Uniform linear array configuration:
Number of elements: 48
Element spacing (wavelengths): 0.75
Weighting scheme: hann
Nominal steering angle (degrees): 15
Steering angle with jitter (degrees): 14.203
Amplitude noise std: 0.05
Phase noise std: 0.05

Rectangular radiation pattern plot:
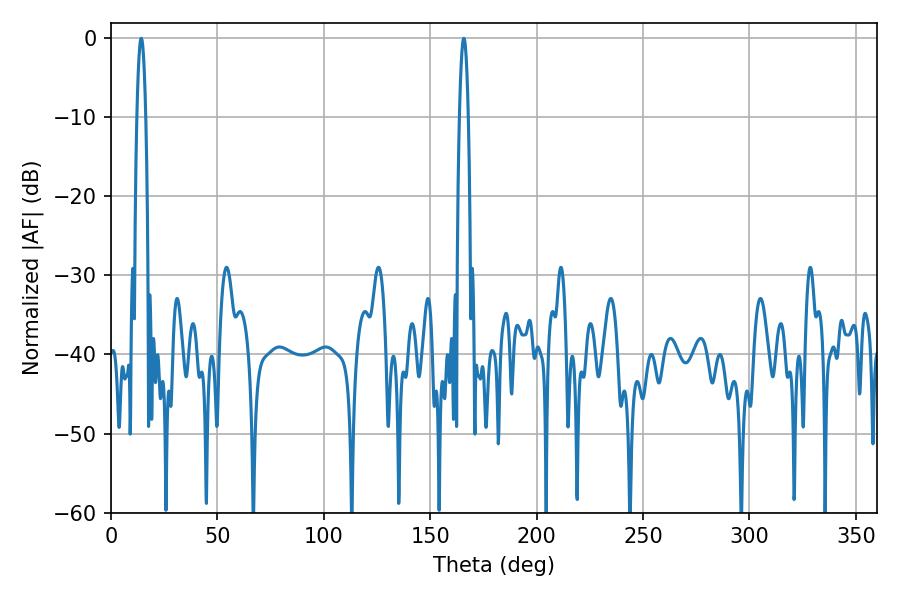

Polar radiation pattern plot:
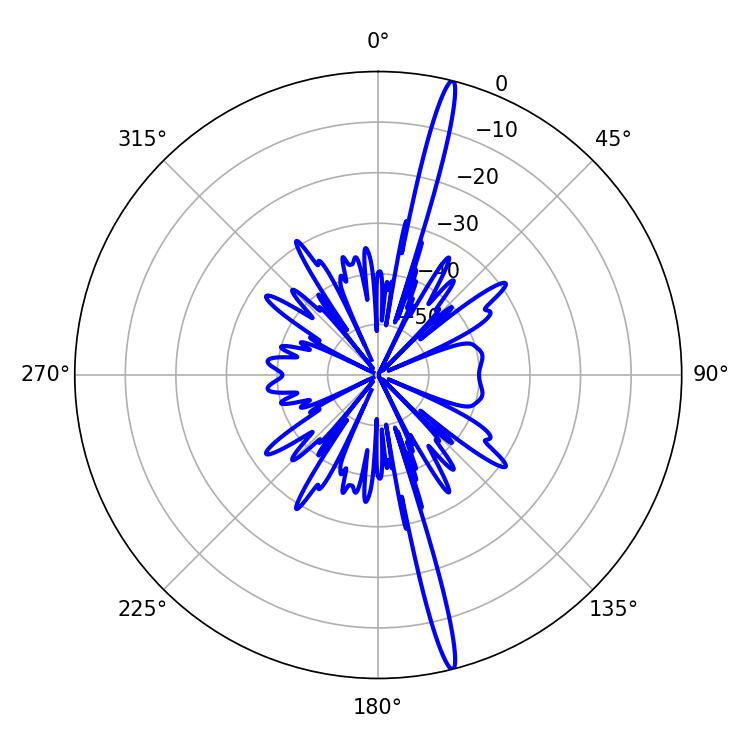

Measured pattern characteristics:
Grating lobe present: TRUE
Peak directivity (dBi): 19.673
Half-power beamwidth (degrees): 2.16
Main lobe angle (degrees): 165.78